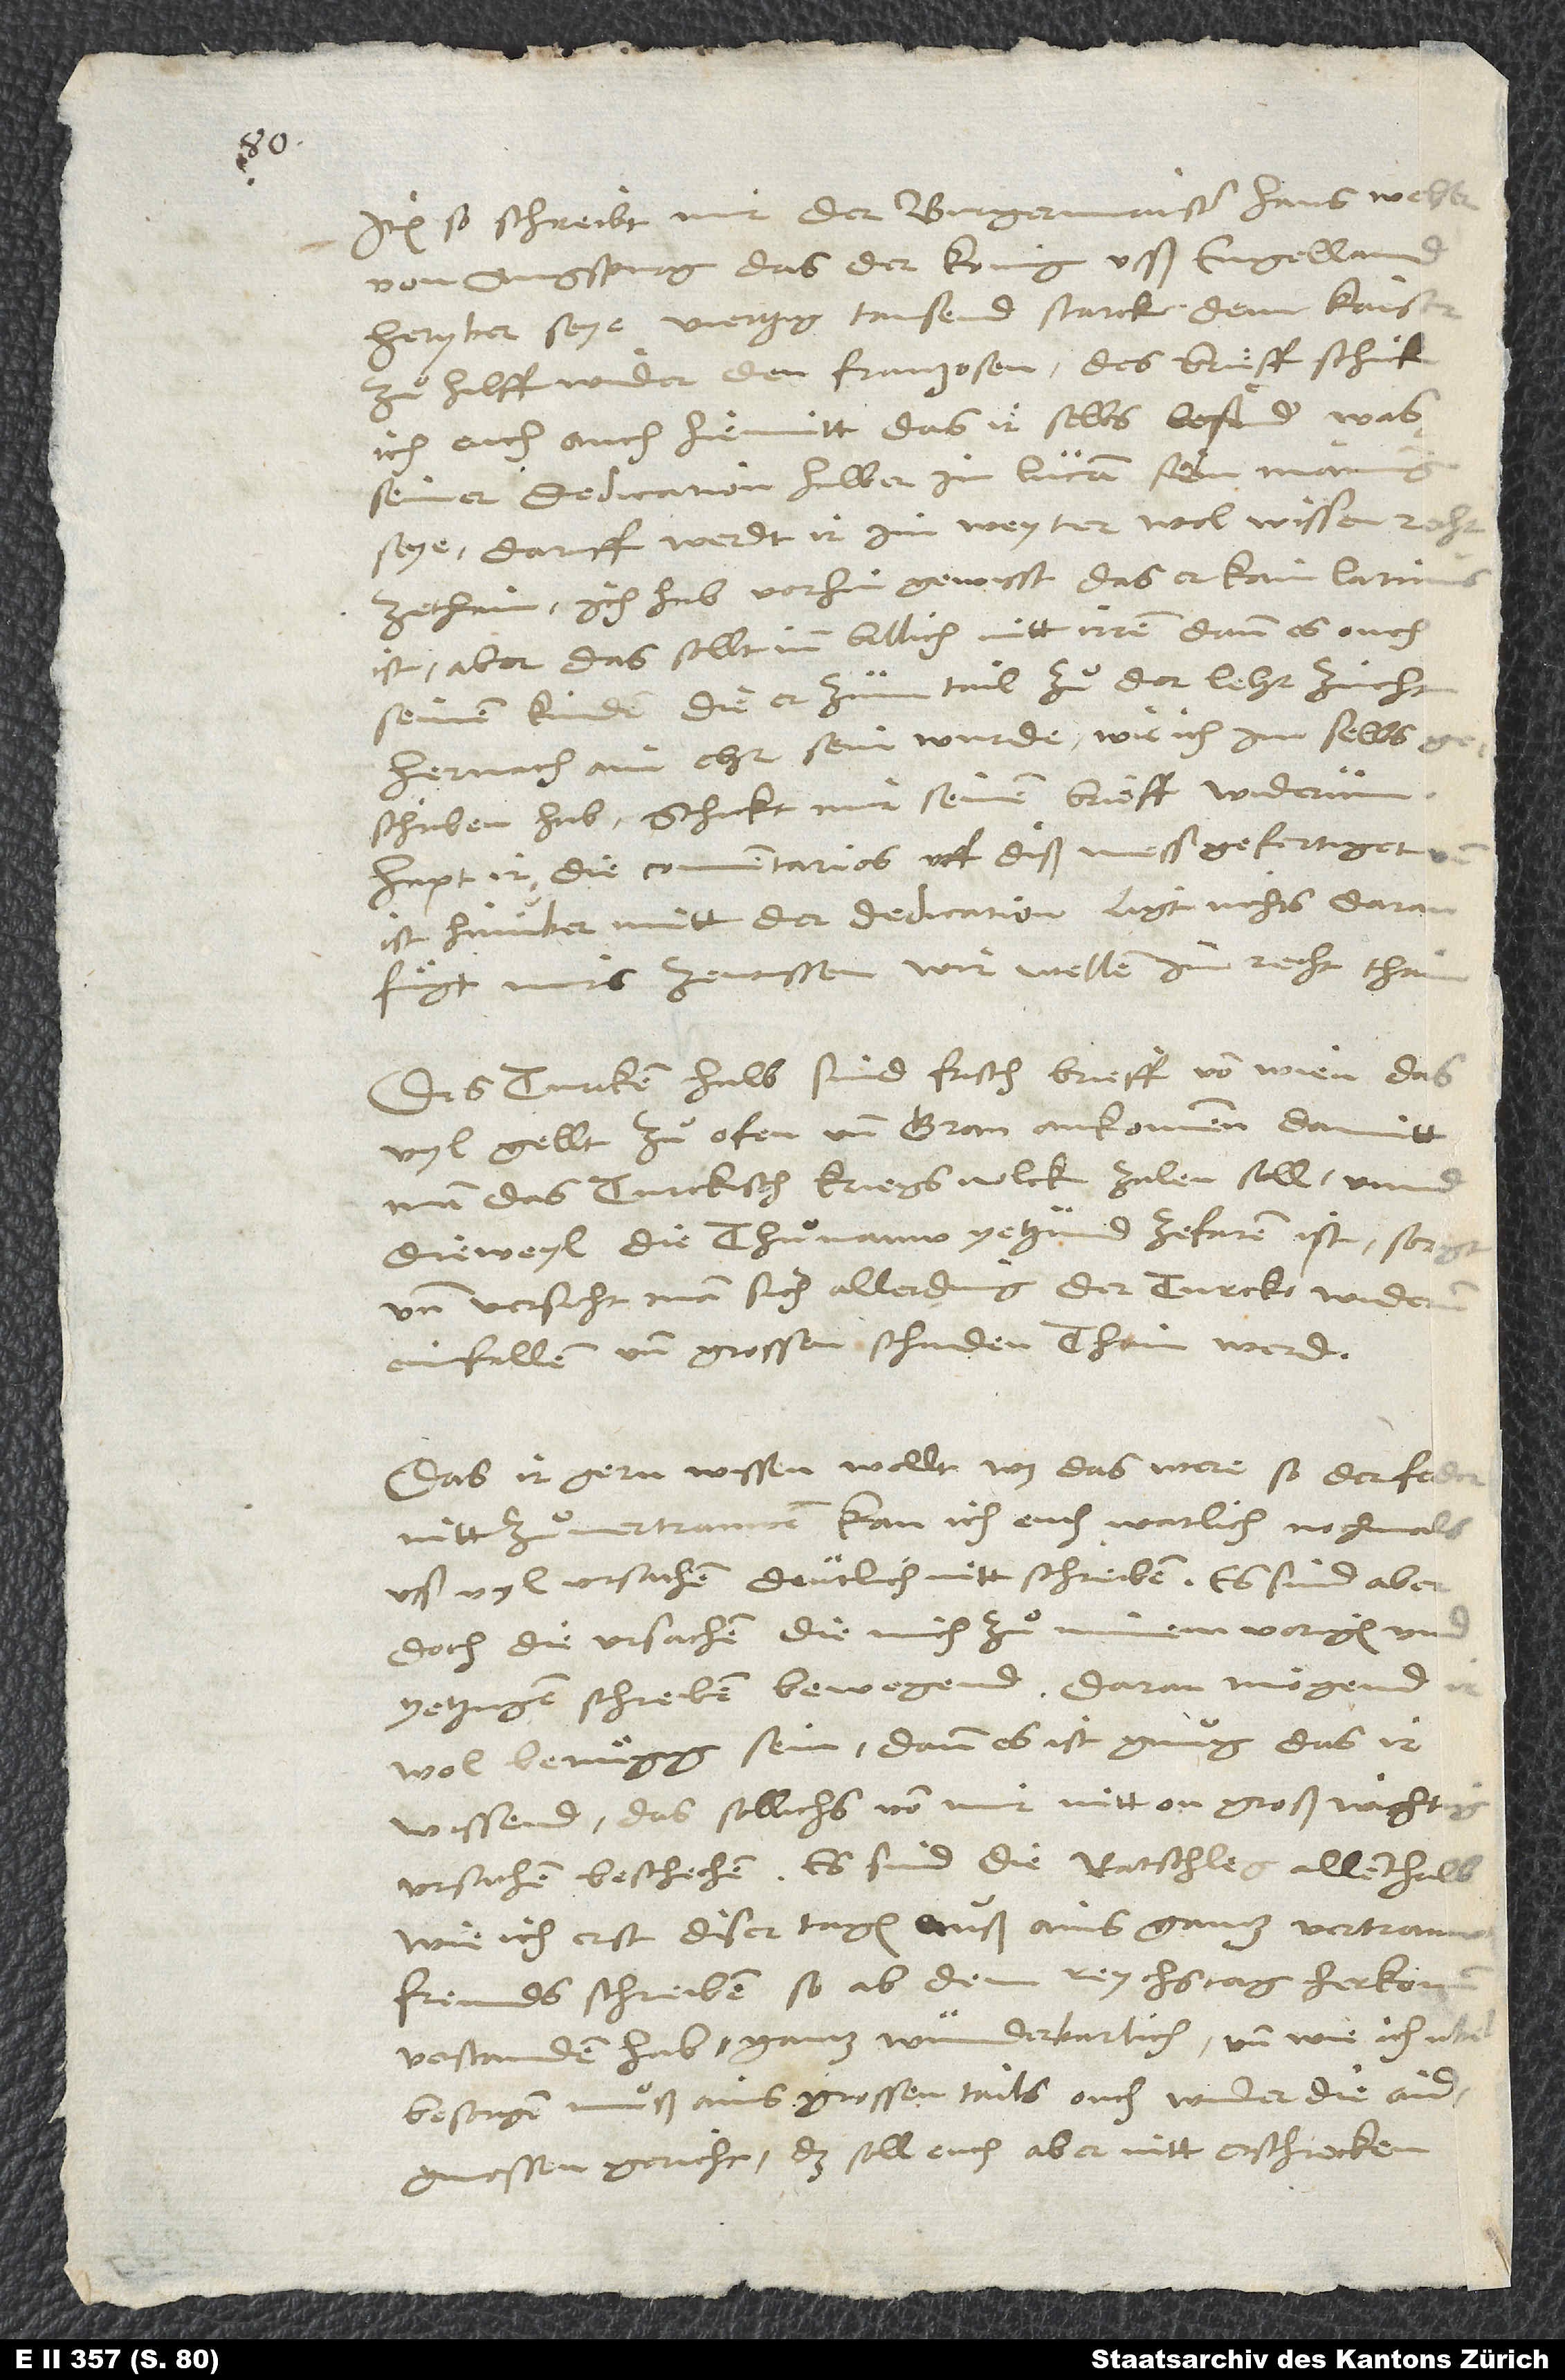
Item so schreibt mir der burgermaister Hans Welser
von Augspurg, das der konig usß Engelland
heryber seye viertzig tausend starck dem kaiser
zuͦ hilff wider den Franzosen. Des brieff schick
ich euch auch hiemitt, das ir selbs lesend, was
seiner dedication halber in Lucam sein mainung
seye; daruff werdt ir im weyter wol wissen recht
zethain. Ich hab vorhin gewisst, das er kain Latinus
ist; aber das sollt inn billich nitt irren; dann es ouch
seinen kinden, die er zum tail zuͦ der lehr zücht,
hernach ain ehr sein wurde, wie ich im selbs
geschriben hab. Schickt mir seinen brieff widerum.
Hapt ir die commentarios uff diß mess gefertiget und
ist hinüber mitt der dedication, ligt nichts daran;
fuͤgt mirs zewissen, wir wellen imm recht thain.
Des Turcken halb sind frisch brieff von Wien, das
vyl gellt zuͦ Ofen und Gran ankommen, damitt
man das turckisch kriegsvolck zalen soll, unnd
dieweyl die Thuͦnauw yetzund zefaren ist, sorgt
und versicht man sich allerding, der Turck widerum
einfallen und grossen schaden thain werd.
Das ir gern wissen wollt, was das were, so der feder
nitt zuͦvertrauwen, kan ich euch warlich nochmals
uss vyl ursachen deutlich nitt schreiben; es sind aber
doch die ursachen, die mich zuͦ minem vorigen und
yetzigen schreiben bewegend. Daran mögend ir
wol benuͤgig sein; dann es ist gnuͦg, das ir
wissend, das sollichs von mir nitt on großwichtig
wie ich erst diser tagen auß ains gantz vertrauwten
freunds schreiben, so ab dem reychstag herkomm,
verstanden hab, gantz wunderbarlich und, wie ich ubel
besorgen muͦß, ains grossen tails ouch wider die aidgnossen
gericht. Das soll euch aber nitt erschrecken;